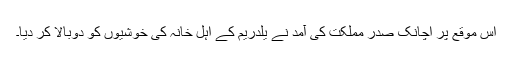
اس موقع پر اچانک صدر مملکت کی آمد نے یلدریم کے اہل خانہ کی خوشیوں کو دوبالا کر دیا۔